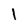
Character: 1